Report of the Indian Hemp Drugs Commission, 1894-1895 - Volume VII
Year: 1894
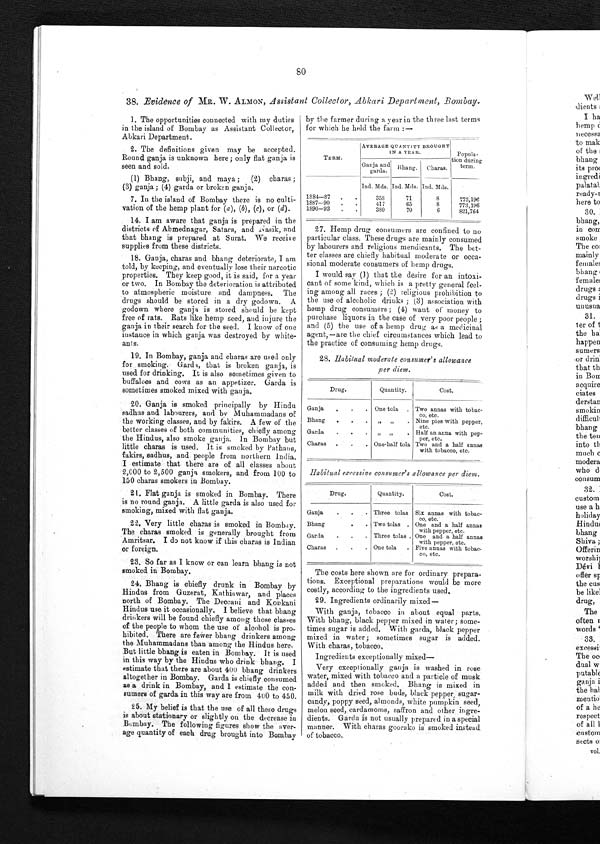
by the farmer during a year in the three last terms
for which he held the farm :—
TERM.
AVERAGE QUANTITY BROUGHT
IN A YEAR.
Popula-
tion during
term.
Ganja and
garda.
Bhang.
Charas.
Ind. Mds. Ind. Mds. Ind. Mds.
1884-87
.
.
358
71
8
773,196
1887-90
.
.
417
65
8
773,196
1890-93
.
.
380
70
6
821,764
Drug.
Quantity.
Cost.
Ganja
.
.
. One tola
. Two annas with tobac-
co, etc.
Bhang
.
.
.
„
„
. Nine pies with pepper.
etc.
Garda
.
.
.
„
„
. Half an anna with pep-
per, etc.
Charas
.
.
. One-half tola Two and a half annas
with tobacco, etc.
Habitual excessive consumer's allowance per diem.
Drug.
Quantity.
Cost.
Ganja
.
.
. Three tolas Six annas with tobac-
co, etc.
Bhang
•
.
Two tolas . One and a half annas
with pepper, etc.
Garda
.
.
. Three tolas . One and a half annas
with pepper, etc.
Charas
.
.
. One tola
. Five annas with tobac-
co, etc.
38. Evidence of MR. W. ALMON, Assistant Collector, Abkari Department, Bombay.
1. The opportunities connected with my duties
in the island of Bombay as Assistant Collector,
Abkari Department.
2. The definitions given may be accepted.
Round ganja is unknown here; only flat ganja is
seen and sold.
(1) Bhang, subji, and maya ;
(2) charas ;
(3) ganja; (4) garda or broken ganja.
7. In the island of Bombay there is no culti-
vation of the hemp plant for ( a ), (b), (c), or (d).
14. I am aware that ganja is prepared in the
districts of Ahmednagar, Satara, and Nasik, and
that bhang is prepared at Surat. We receive
supplies from these districts.
18. Ganja, charas and bhang deteriorate, I am
told, by keeping, and eventually lose their narcotic
properties. They keep good, it is said, for a year
or two. In Bombay the deterioration is attributed
to atmospheric moisture and dampness. The
drugs should be stored in a dry godown. A
godown where ganja is stored should be kept
free of rats. Rats like hemp seed, and injure the
ganja in their search for the seed. I know of one
instance in which ganja was destroyed by white-
ants.
19. In Bombay, ganja and charas are used only
for smoking. Garda, that is broken ganja, is
used for drinking. It is also sometimes given to
buffaloes and cows as an appetizer. Garda is
sometimes smoked mixed with ganja.
20. Ganja is smoked principally by Hindu
sadhus and labourers, and by Muhammadans of
the working classes, and by fakirs. A few of the
better classes of both communities, chiefly among
the Hindus, also smoke ganja. In Bombay but
little charas is used. It is smoked by Pathans,
fakirs, sadhus, and people from northern India.
I estimate that there are of all classes about
2,000 to 2,500 ganja smokers, and from 100 to
150 charas smokers in Bombay.
21. Flat ganja is smoked in Bombay. There
is no round ganja. A little garda is also used for
smoking, mixed with flat ganja.
22. Very little charas is smoked in Bombay.
The charas smoked is generally brought from
Amritsar. I do not know if this charas is Indian
or foreign.
23. So far as I know or can learn bhang is not
smoked in Bombay.
24. Bhang is chiefly drunk in Bombay by
Hindus from Guzerat, Kathiawar, and places
north of Bombay. The Deccani and Konkani
Hindus use it occasionally. I believe that bhang
drinkers will be found chiefly among those classes
of the people to whom the use of alcohol is pro-
hibited. There are fewer bhang drinkers among
the Muhammadans than among the Hindus here.
But little bhang is eaten in Bombay. It is used
in this way by the Hindus who drink bhang. I
estimate that there are about 400 bhang drinkers
altogether in Bombay. Garda is chiefly consumed
as a drink in Bombay, and 1 estimate the con-
sumers of garda in this way are from 400 to 450.
25. My belief is that the use of all these drugs
is about stationary or slightly on the decrease in
Bombay. The following figures show the aver-
age quantity of each drug brought into Bombay
27. Hemp drug consumers are confined to no
particular class. These drugs are mainly consumed
by labourers and religious mendicants. The bet-
ter classes are chiefly habitual moderate or occa-
sional moderate consumers of hemp drugs.
I would say (1) that the desire for an intoxi-
cant of some kind, which is a pretty general feel-
ing among all races ; (2) religious prohibition to
the use of alcoholic drinks ; (3) association with
hemp drug consumers ; (4) want of money to
purchase liquors in the case of very poor people ;
and (5) the use of a hemp drug as a medicinal
agent,—are the chief circumstances which lead to
the practice of consuming hemp drugs.
28. Habitual moderate consumer's allowance
per diem.
The costs here shown are for ordinary prepara-
tions. Exceptional preparations would be more
costly, according to the ingredients used.
29. Ingredients ordinarily mixed—
With ganja, tobacco in about equal parts.
With bhang, black pepper mixed in water; some-
times sugar is added. With garda, black pepper
mixed in water; sometimes sugar is added.
With charas, tobacco.
Ingredients exceptionally mixed–
Very exceptionally ganja is washed in rose
water, mixed with tobacco and a particle of musk
added and then smoked. Bhang is mixed in
milk with dried rose buds, black pepper , sugar-
candy, poppy seed, almonds, white pumpkin seed,
melon seed, cardamoms, saffron and other ingre-
dients. Garda is not usually prepared in a special
manner. With charas goorako is smoked instead
of tobacco.